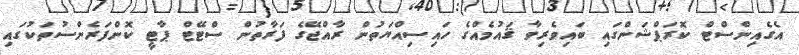
އެގެއިންސްޓް ކޮރަޕްޝަންގައި ބައިވެރިވާ ޤައުމެއްގެ ހައިސިއްޔަތުން ރާއްޖޭގެ ފަރާތުން ސްޓޭޓް ޕާޓީ ކޮންފަރެންސުތަކުގައި